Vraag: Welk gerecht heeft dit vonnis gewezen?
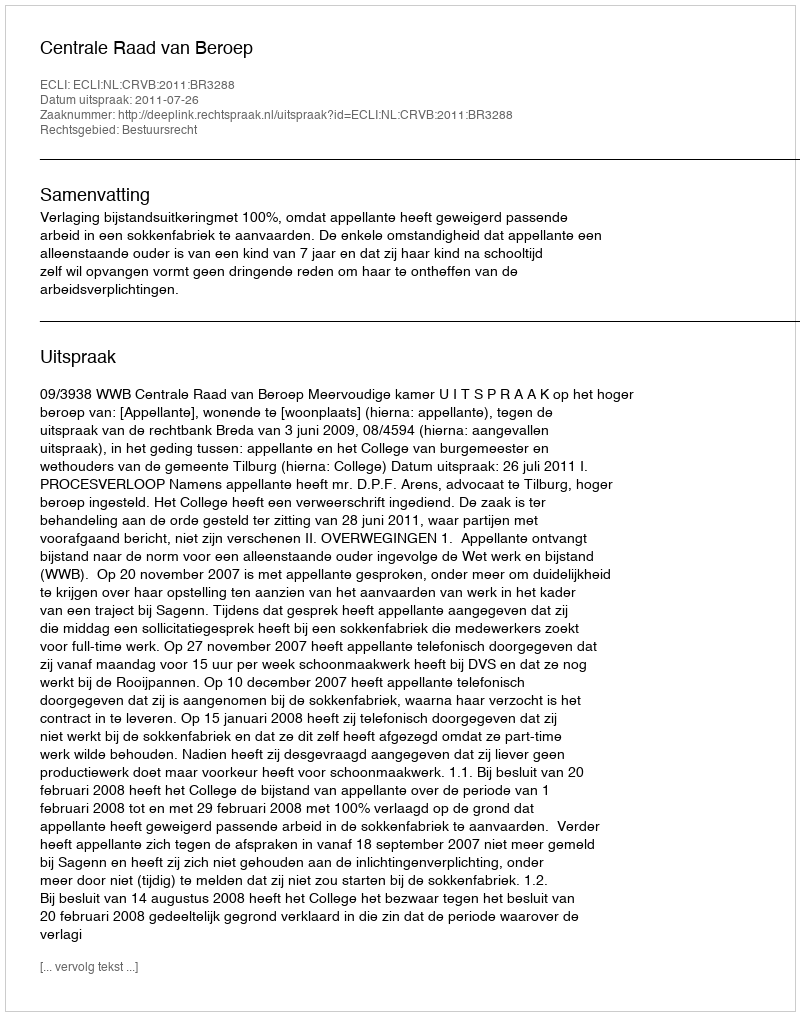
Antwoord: Centrale Raad van Beroep